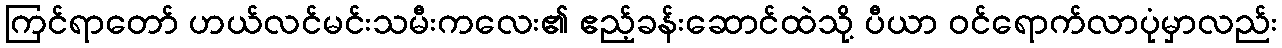
ကြင်ရာတော် ဟယ်လင်မင်းသမီးကလေး၏ ဧည့်ခန်းဆောင်ထဲသို့ ပီယာ ဝင်ရောက်လာပုံမှာလည်း